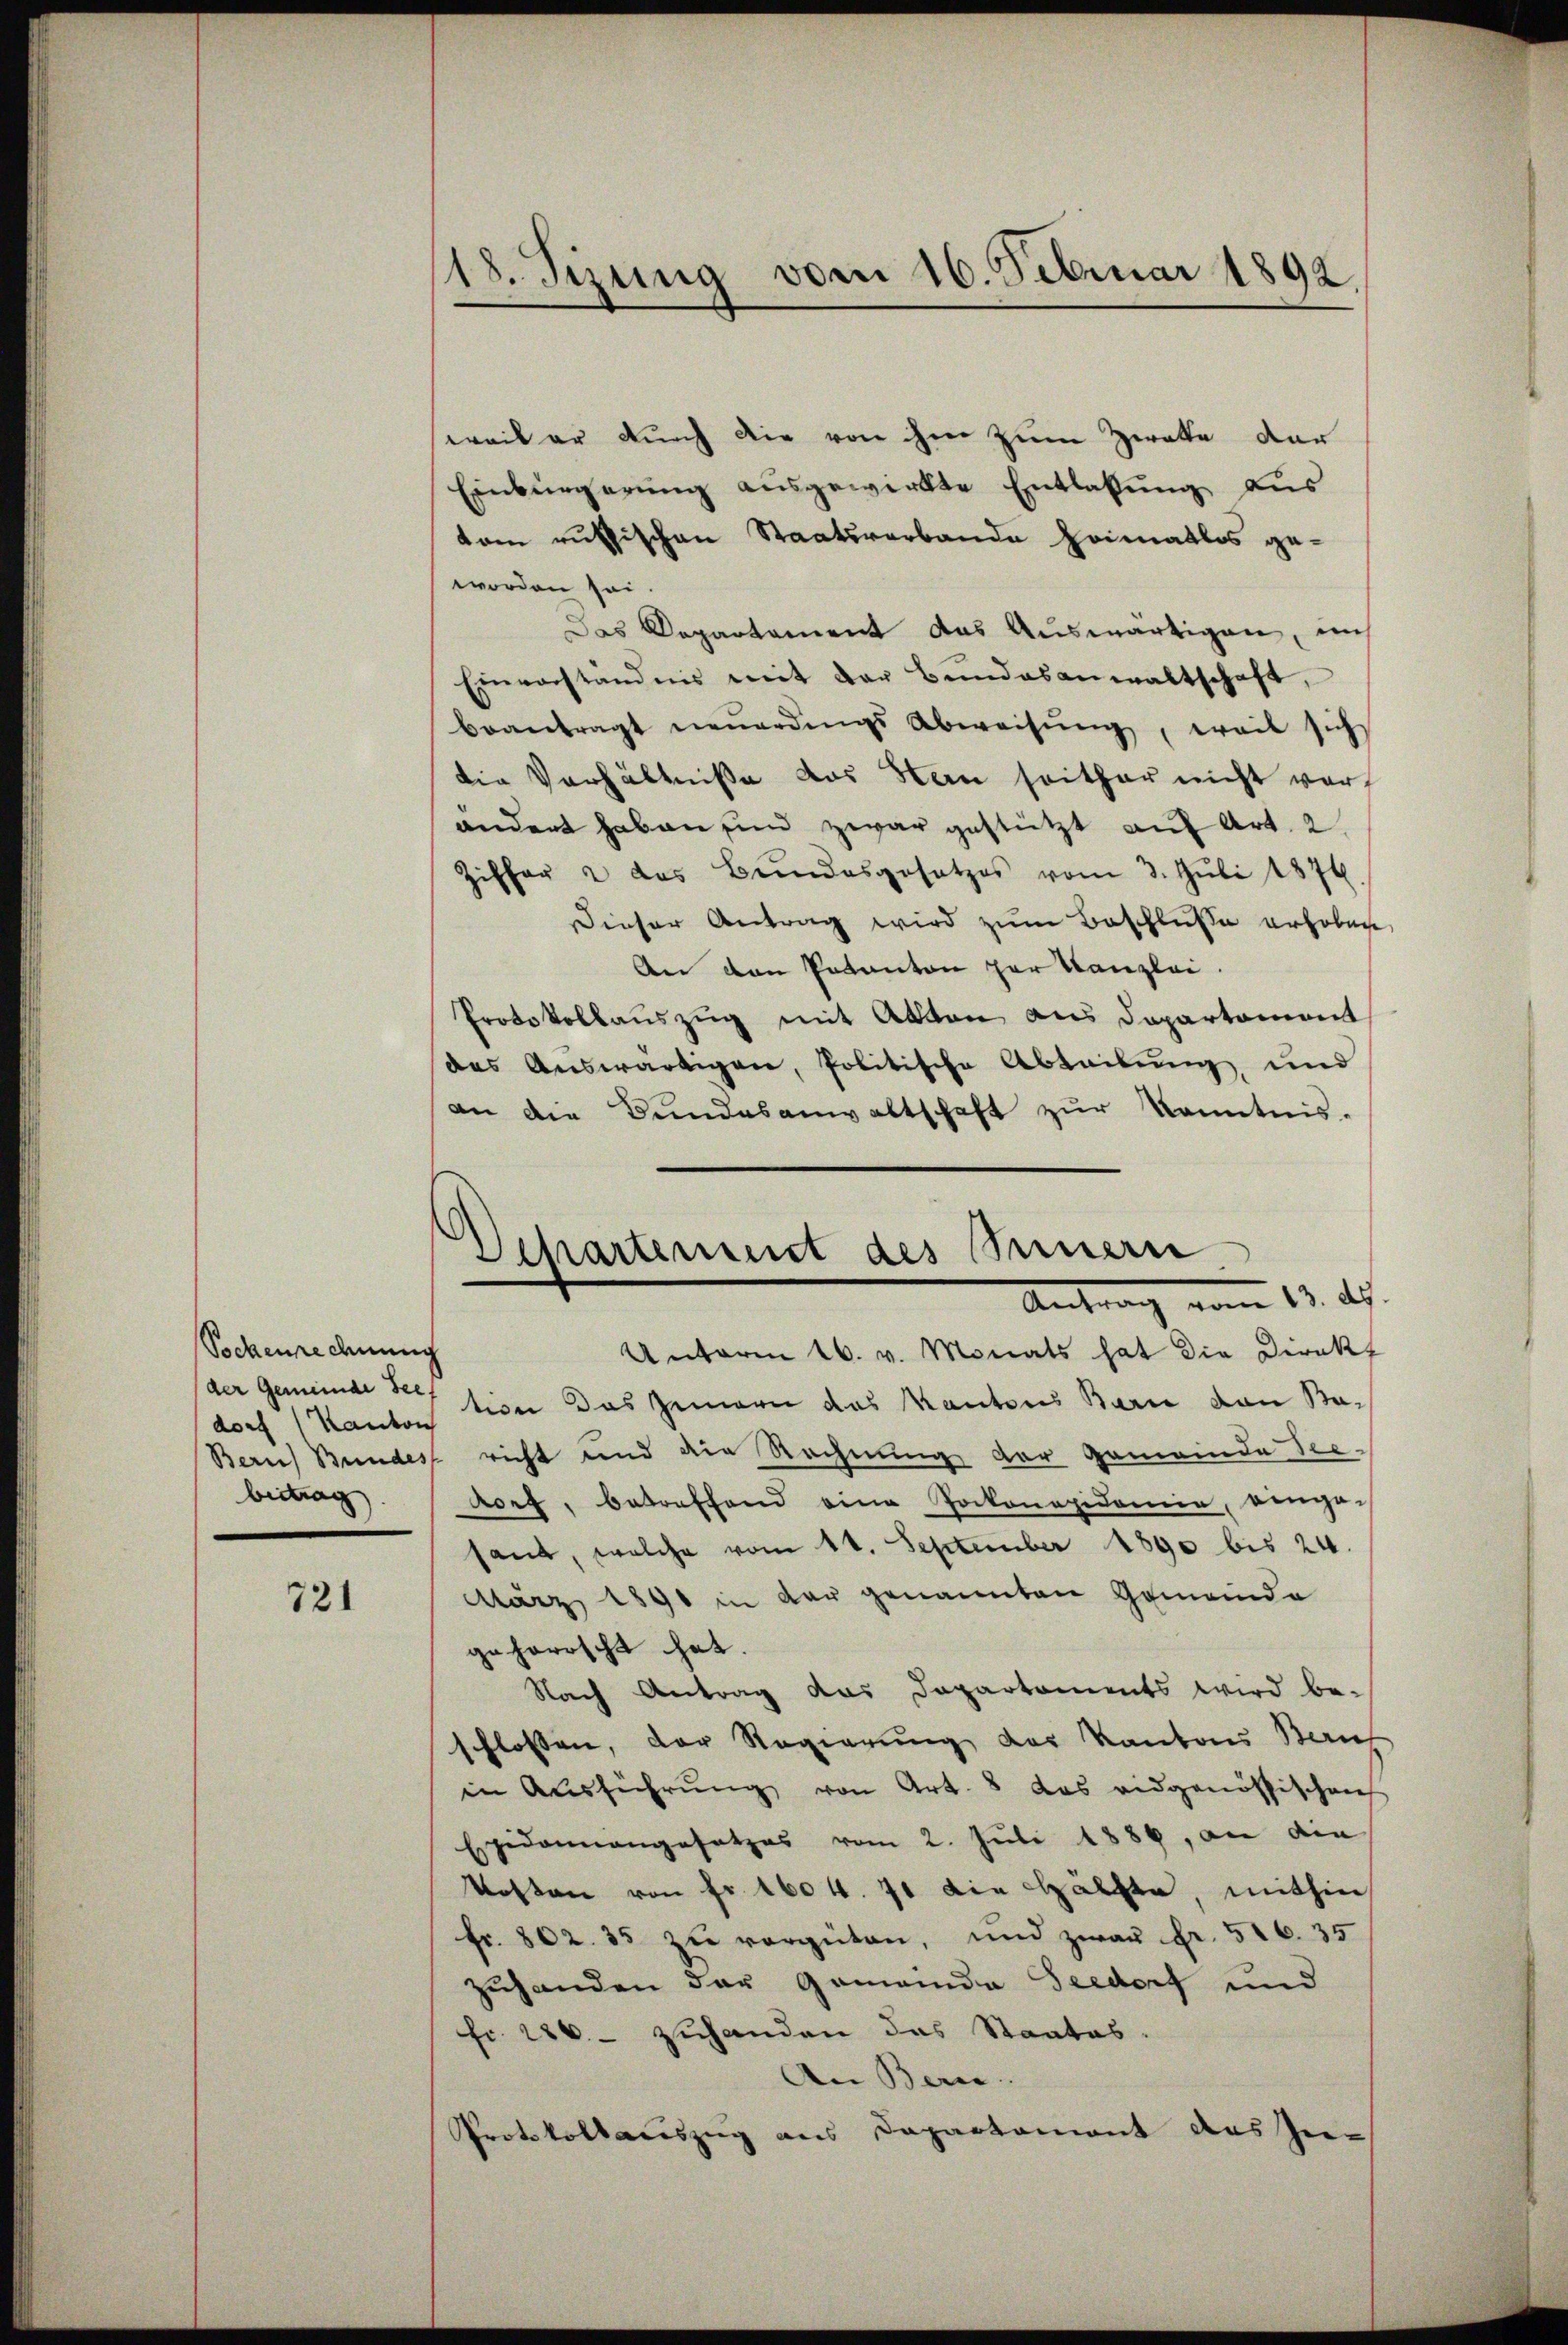
Sockenrechnung
der Gemeinde Seel
beitrag

721

18. Sizung vom 16. Februar 1892.

Departement des Seinern
Antrag vom 13. ds.

weil er durch die von ihm zum Zwette dar
Einbürgerung ausgewirkte Entlassung aus
dem russischen Staatsverbande Heimatlos geworden sei.
Das Departament das Auswärtigen, ins
Einverständnis mit der Bŭndesanwaltschaft,
beantragt neŭerdings Abweisŭng, weil sich
die Verhältnisse das Han seither nicht verändert haben sind zwar gestützt auf Art. 2
Ziffer u das Bŭndesgesetzes vom 3. Jŭli 1876
Dieser Antrag wird zum Beschluße erhoben
An den Vakanton zur Kanzlei.
Protokollauszug mit Akten aus Departement
des Auswärtigen, Politische Abteilung und
an die Bundesanwaltschaft zur Kenntnis-
Unterm 16. v. Monats hat die Direkt
dorf (Kanton tion das Zimern das Kantons Bern von Na¬
Bern Bundes richt und die Rechnung der Gemeinde Seedorf, betreffend eine Pockonapidemie, vergesant, welche vom 11. September 1890 bis 24.
März 1890 in der genannten Gemeinde
geherrscht hat.
Nach Antrag das Departaments wird be-
schlossen, der Regierung des Kantons Baus
in Ausführŭng von Art. 8 das eidgenössischen
Epidemangesetzes vom 2. Juli 1886, an die
Kosten von Fr. 1604. 71 die Hälfte, mithin
fr. 802. 35 zu vergüten, und zwar Fr. 516. 35
zuhanden der Gemeinde Seedorf und
fr. 286. - zuhanden das Staates.
An Bern.
Protokollauszug aus Dapartemont das Zie¬